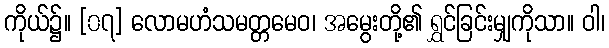
ကိုယ်၌။ [၀၇] လောမဟံသမတ္တမေဝ၊ အမွေးတို့၏ ရွှင်ခြင်းမျှကိုသာ။ ဝါ၊